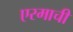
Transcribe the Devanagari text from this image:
एरमाची